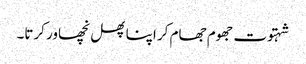
شہتوت جھوم جھام کر اپنا پھل نچھاور کرتا۔